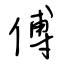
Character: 傅